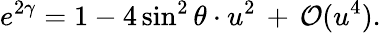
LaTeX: e^{2\gamma}=1-4\sin^{2}\theta\cdot u^{2}\, +\, {\cal O}(u^{4}).